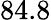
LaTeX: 84.8